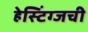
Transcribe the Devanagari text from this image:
हेस्टिंग्जची